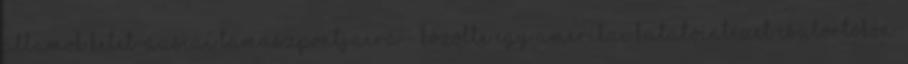
Államok kelet-ázsiai támaszpontjaira - közölte egy amerikai kutatóintézet csütörtökön.